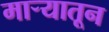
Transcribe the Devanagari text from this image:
माऱ्यातून